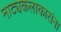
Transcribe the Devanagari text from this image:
नाट्यकलाकारांना